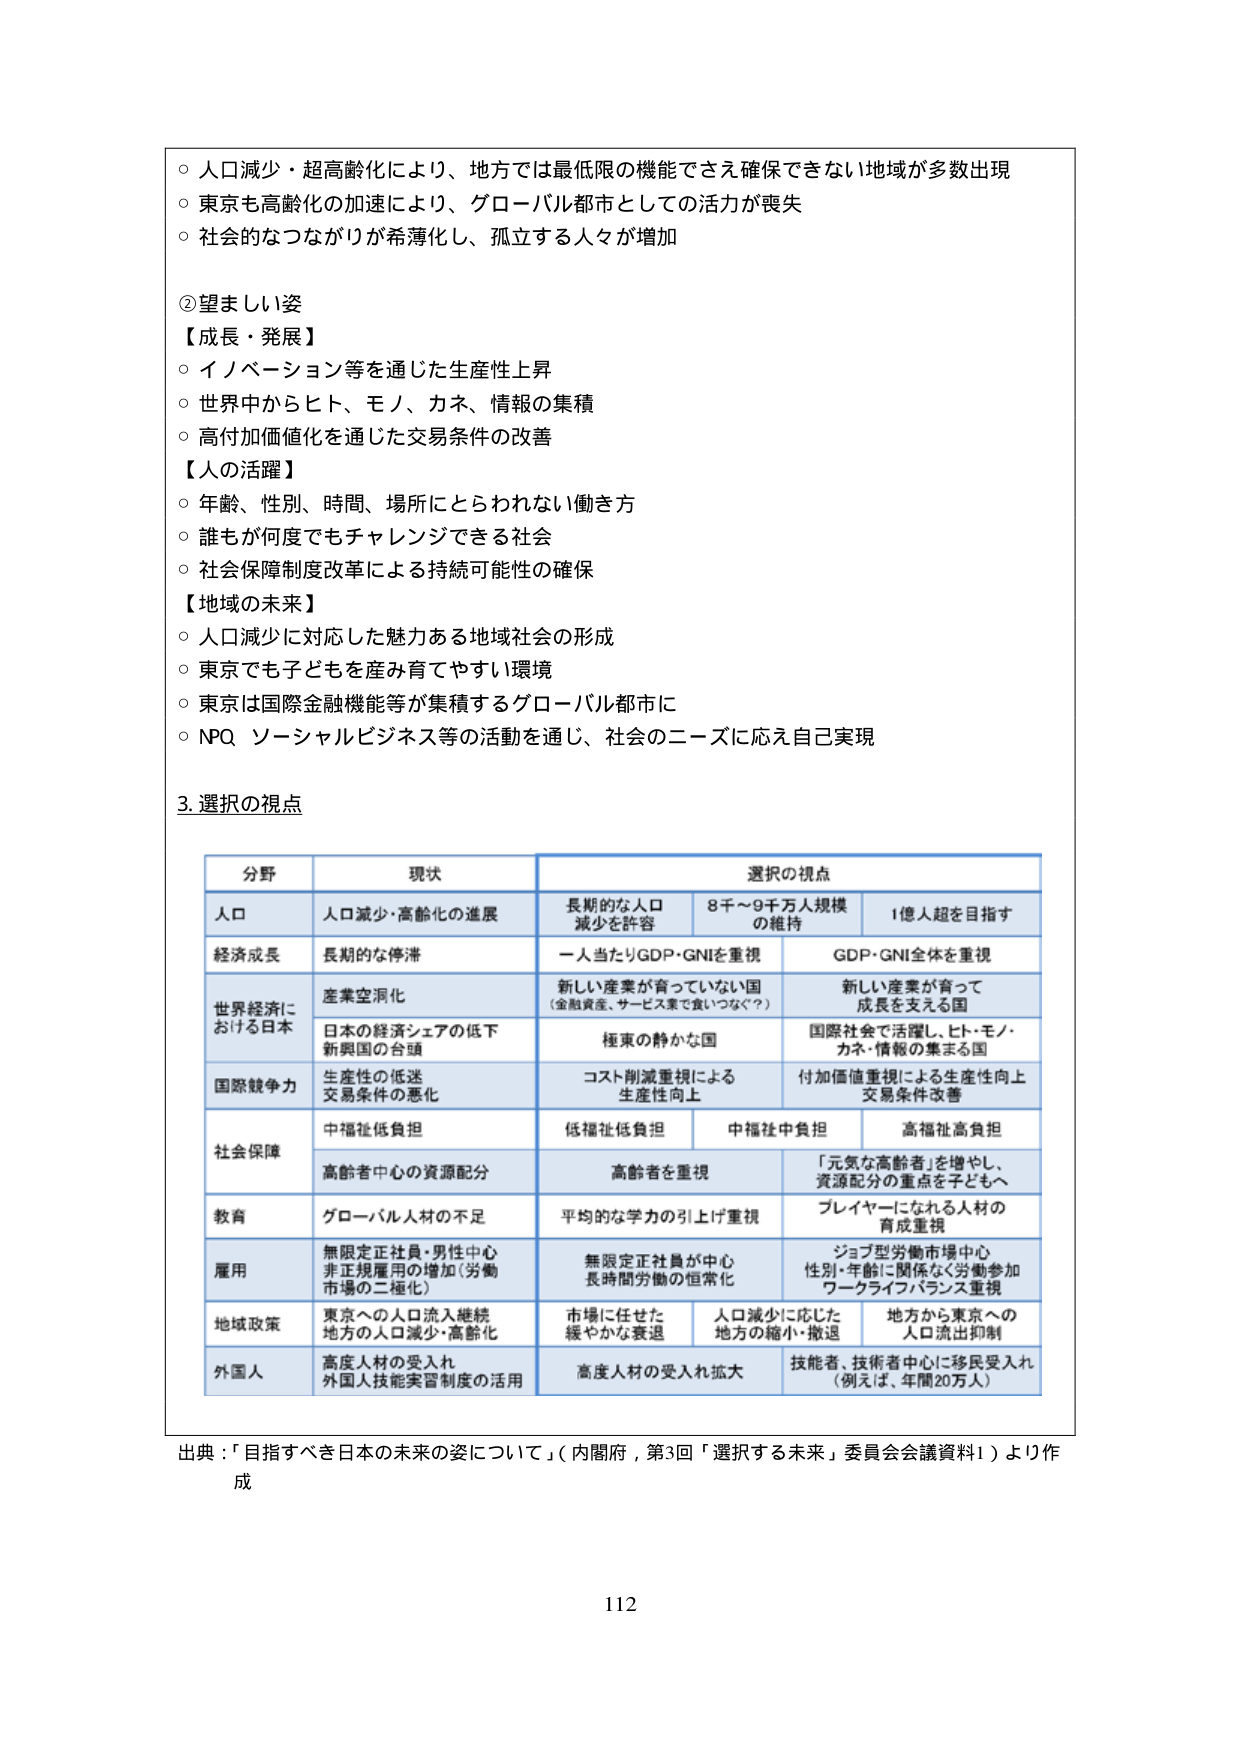
○ 人口減少・超高齢化により、地方では最低限の機能でさえ確保できない地域が多数出現
○ 東京も高齢化の加速により、グローバル都市としての活力が喪失
○ 社会的なつながりが希薄化し、孤立する人々が増加

②望ましい姿
【成長・発展】
○ イノベーション等を通じた生産性上昇
○ 世界中からヒト、モノ、カネ、情報の集積
○ 高付加価値化を通じた交易条件の改善
【人の活躍】
○ 年齢、性別、時間、場所にとらわれない働き方
○ 誰もが何度でもチャレンジできる社会
○ 社会保障制度改革による持続可能性の確保
【地域の未来】
○ 人口減少に対応した魅力ある地域社会の形成
○ 東京でも子どもを産み育てやすい環境
○ 東京は国際金融機能等が集積するグローバル都市に
○ NPQ、ソーシャルビジネス等の活動を通じ、社会のニーズに応え自己実現

3. 選択の視点

| 分野 | 現状 | 選択の視点 |
|------|------|-------------|
| 人口 | 人口減少・高齢化の進展 | 長期的な人口減少を許容 | 8千～9千万人規模の維持 | 1億人超を目指す |
| 経済成長 | 長期的な停滞 | 一人当たりGDP・GNIを重視 | GDP・GNI全体を重視 |
| 世界経済における日本 | 産業空洞化 | 新しい産業が育っていない国（金融資産、サービス業で食いつなぐ？） | 新しい産業が育って成長を支える国 |
| | 日本の経済シェアの低下<br>新興国の台頭 | 極東の静かな国 | 国際社会で活躍し、ヒト・モノ・カネ・情報の集まる国 |
| 国際競争力 | 生産性の低迷<br>交易条件の悪化 | コスト削減重視による生産性向上 | 付加価値重視による生産性向上<br>交易条件改善 |
| 社会保障 | 中福祉低負担 | 低福祉低負担 | 中福祉中負担 | 高福祉高負担 |
| | 高齢者中心の資源配分 | 高齢者を重視 | 「元気な高齢者」を増やし、資源配分の重点を子どもへ |
| 教育 | グローバル人材の不足 | 平均的な学力の引き上げ重視 | プレイヤーになれる人材の育成重視 |
| 雇用 | 無限定正社員・男性中心<br>非正規雇用の増加（労働市場の二極化） | 無限定正社員が中心<br>長時間労働の恒常化 | ジョブ型労働市場中心<br>性別・年齢に関係なく労働参加<br>ワークライフバランス重視 |
| 地域政策 | 東京への人口流入継続<br>地方の人口減少・高齢化 | 市場に任せた<br>緩やかな衰退 | 人口減少に応じた<br>地方の縮小・撤退 | 地方から東京への<br>人口流出抑制 |
| 外国人 | 高度人材の受入れ<br>外国人技能実習制度の活用 | 高度人材の受入れ拡大 | 技能者、技術者中心に移民受入れ（例えば、年間20万人） |

出典：「目指すべき日本の未来の姿について」（内閣府，第3回「選択する未来」委員会会議資料1）より作成

112